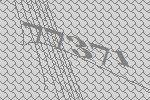
77371